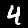
Digit: 4